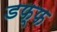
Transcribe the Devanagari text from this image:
डफ्फ